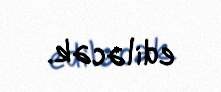
ediləcək.